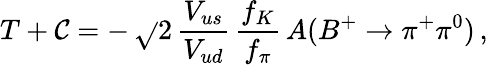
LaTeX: T+\mathcal{C}=-\, \sqrt{}{{2}}\, \frac{{V_{us}}}{{V_{ud}}}\, \frac{{f_{K}}}{{f_{\pi}}}\, A(B^{+}\to\pi^{+}\pi^{0})\, ,